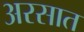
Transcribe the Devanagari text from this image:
अरसात